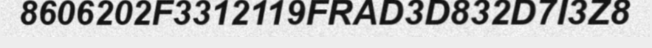
8606202F3312119FRAD3D832D7I3Z8